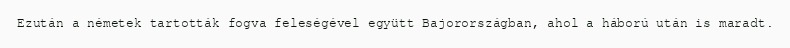
Ezután a németek tartották fogva feleségével együtt Bajorországban, ahol a háború után is maradt.